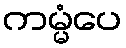
ကမ္မံပေ